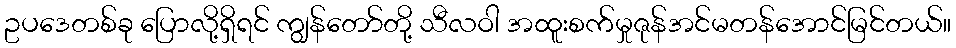
ဥပဒေတစ်ခု ပြောလို့ရှိရင် ကျွန်တော်တို့ သီလဝါ အထူးစက်မှုဇုန်အင်မတန်အောင်မြင်တယ်။